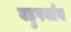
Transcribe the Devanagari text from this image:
बहुपर्याय